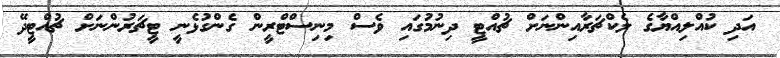
އަދި ކުއްލިއްޔާގެ ލެކްޗަރާއިންނަށް ޗުއްޓީ ދިނުމުގައި ވެސް މިނިސްޓްރީން ގެންގުޅެނީ ޓީޗަރުންނަށް ޗުއްޓީދޭ